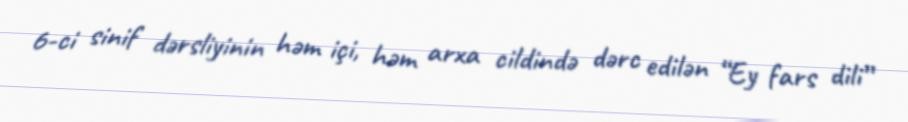
6-ci sinif dərsliyinin həm içi, həm arxa cildində dərc edilən “Ey fars dili”